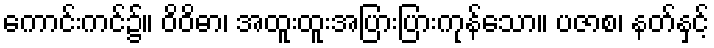
ကောင်းကင်၌။ ဝိဝိဓာ၊ အထူးထူးအပြားပြားကုန်သော။ ပဇာစ၊ နတ်နှင့်